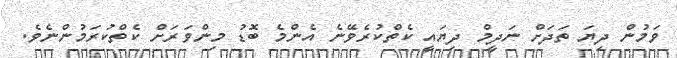
ވަމުން ދިޔަ ތަދަށް ނަދީމް ދިޔައީ ކެތްކުރެވޭނެ އެންމެ ބޮޑު މިންވަރަށް ކެތްކުރަމުންނެވެ.